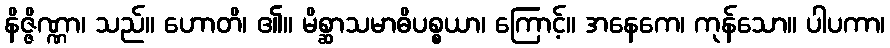
နိဇ္ဇိဏ္ဏာ၊ သည်။ ဟောတိ၊ ၏။ မိစ္ဆာသမာဓိပစ္စယာ၊ ကြောင့်။ အနေကေ၊ ကုန်သော။ ပါပကာ၊